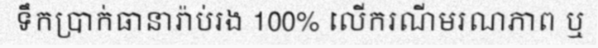
ទឹកប្រាក់ធានារ៉ាប់រង 100% លើករណីមរណភាព ឬ